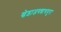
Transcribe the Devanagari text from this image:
खेड़ाजगन्नाथपुरा